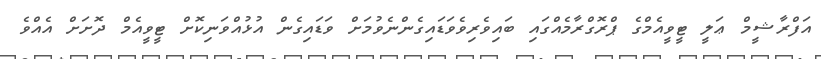
އަފްރާޝީމް ޢަލީ ޓީވީއެމްގެ ޕްރޮގްރާމެއްގައި ބައިވެރިވެވަޑައިގެންނެވުމަށް ވަޑައިގެން އުޅުއްވަނިކޮށް ޓީވީއެމް ދޮށަށް އެއްވެ